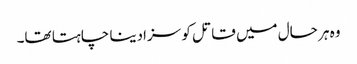
وہ ہر حال میں قاتل کو سزادینا چاہتا تھا۔